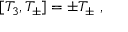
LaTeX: [ T _ { 3 } , T _ { \pm } ] = \pm T _ { \pm } \ ,